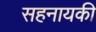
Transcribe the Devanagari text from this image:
सहनायकी